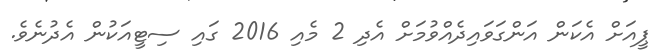
ޕީއަށް އެކަން އަންގަވައިދެއްވުމަށް އެދި 2 މެއި 2016 ގައި ސިޓީއަކުން އެދުނެވެ.